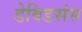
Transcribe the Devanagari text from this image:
डेविडसंस